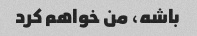
باشه، من خواهم کرد